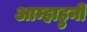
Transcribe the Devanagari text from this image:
आम्हाहुनी